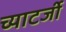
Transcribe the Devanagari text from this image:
च्याटर्जी